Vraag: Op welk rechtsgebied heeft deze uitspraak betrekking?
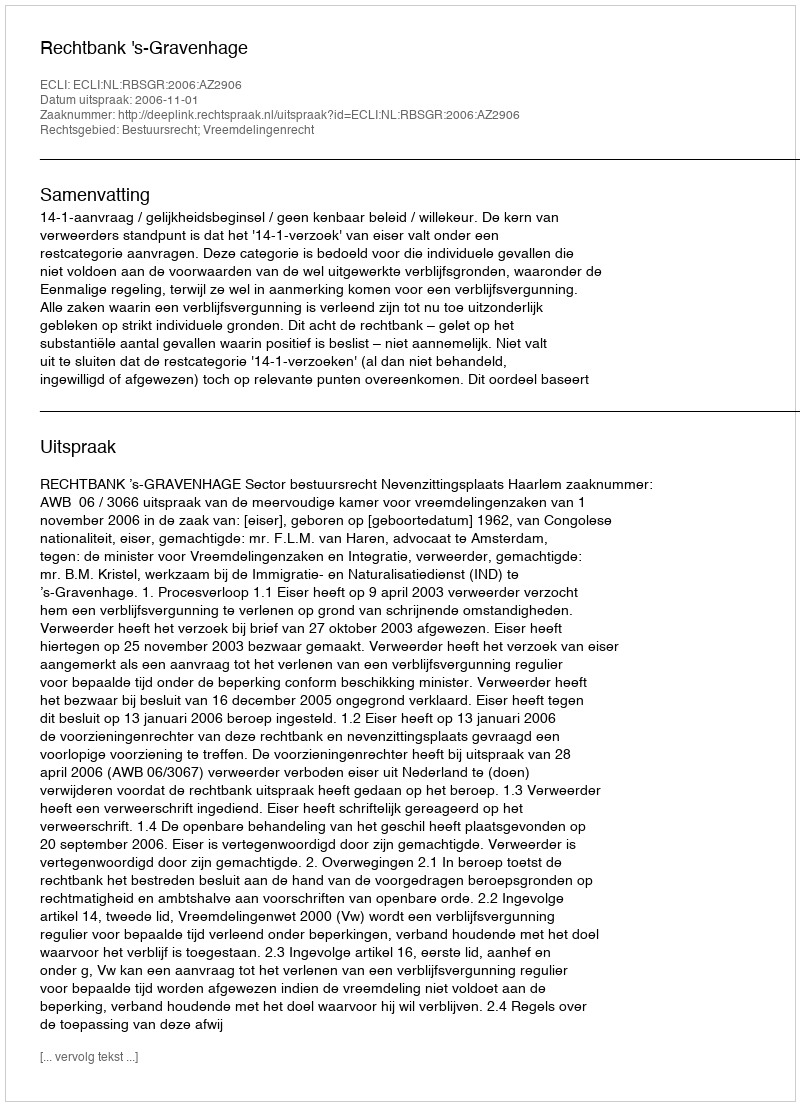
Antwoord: Bestuursrecht; Vreemdelingenrecht